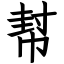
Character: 幇